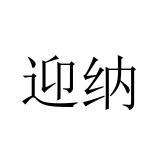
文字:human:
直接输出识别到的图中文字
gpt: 迎纳